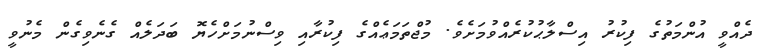
ދެއްވީ އުންމަތުގެ ފިކުރު އިސްލާޙުކުރެއްވުމަށެވެ. މުޖްތަމަޢެއްގެ ފިކުރާއި ވިސްނުމަށްހެޔޮ ބަދަލެއް ގެނެވިގެން މެނުވީ